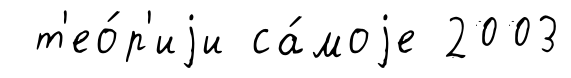
т'ео́р'иjи са́моjе 2003